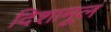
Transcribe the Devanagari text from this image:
दिशामूल